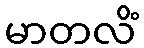
မာတလိံ